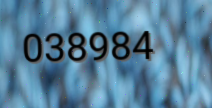
038984